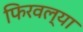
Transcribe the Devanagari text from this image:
फिरवल्या